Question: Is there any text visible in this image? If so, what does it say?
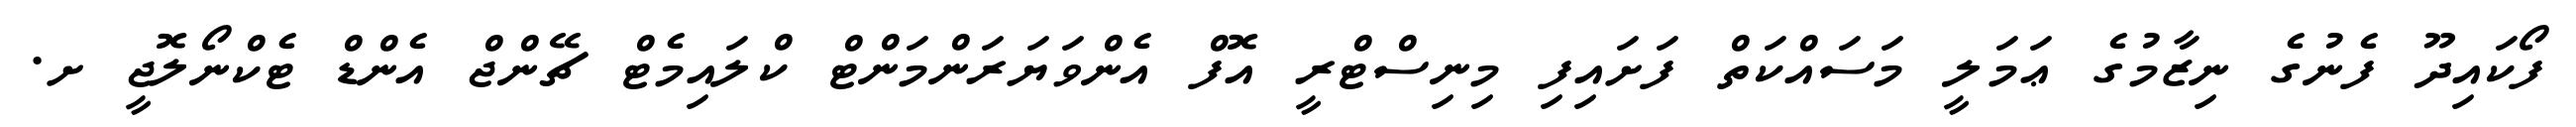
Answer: ފޯކައިދޫ ފެނުގެ ނިޒާމުގެ ޢަމަލީ މަސައްކަތް ފަށައިފި މިނިސްޓްރީ އޮފް އެންވަޔަރަންމަންޓް ކްލައިމެޓް ޗޭންޖް އެންޑް ޓެކްނޯލޮޖީ ށ.